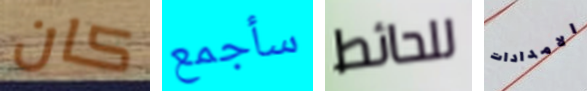
كان سأجمع للحائط الامدادات